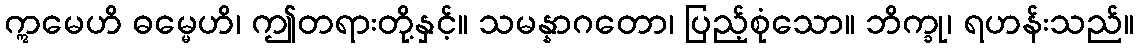
ဣမေဟိ ဓမ္မေဟိ၊ ဤတရားတို့နှင့်။ သမန္နာဂတော၊ ပြည့်စုံသော။ ဘိက္ခု၊ ရဟန်းသည်။